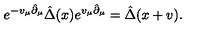
e ^ { - v _ { \mu } \hat { \partial } _ { \mu } } \hat { \Delta } ( x ) e ^ { v _ { \mu } \hat { \partial } _ { \mu } } = \hat { \Delta } ( x + v ) .